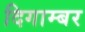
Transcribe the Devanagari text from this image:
दिगाम्बर